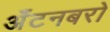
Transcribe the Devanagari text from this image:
अँटनबरो